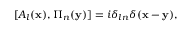
[ A _ { l } ( { \bf x } ) , \Pi _ { n } ( { \bf y } ) ] = i \delta _ { l n } \delta ( { \bf x - y } ) ,